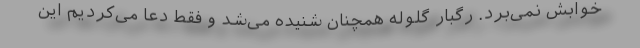
خوابش نمی‌برد. رگبار گلوله همچنان شنیده می‌شد و فقط دعا می‌کردیم این